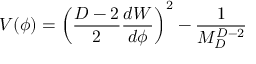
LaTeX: V ( \phi ) = \left( { \frac { D - 2 } { 2 } } { \frac { d W } { d \phi } } \right) ^ { 2 } - { \frac { 1 } { M _ { D } ^ { D - 2 } } }